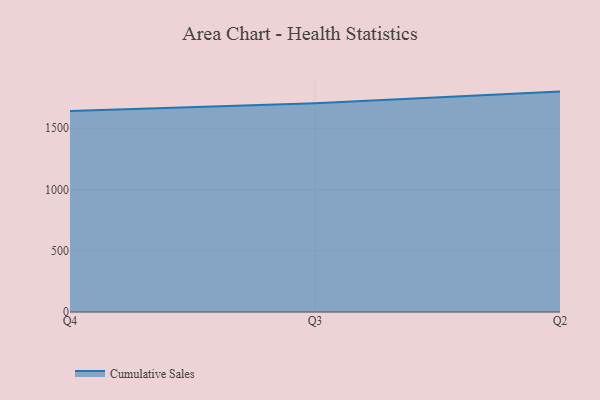
{"axis": {"x": "Quarter", "y": "Energy Usage (MWh)"}, "legend": ["Cumulative Sales"], "data": [{"x": "Q4", "y": 1641.8, "type": "Cumulative Sales"}, {"x": "Q3", "y": 1704.6, "type": "Cumulative Sales"}, {"x": "Q2", "y": 1799.3, "type": "Cumulative Sales"}]}